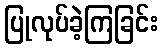
ပြုလုပ်ခဲ့ကြခြင်း